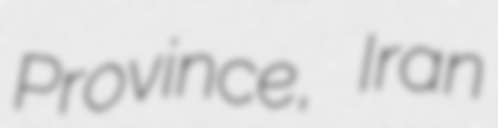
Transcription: Province, Iran